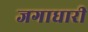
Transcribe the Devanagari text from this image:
जगाधारी